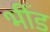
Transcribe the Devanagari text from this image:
भीँड